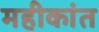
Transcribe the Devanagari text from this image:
महीकांत